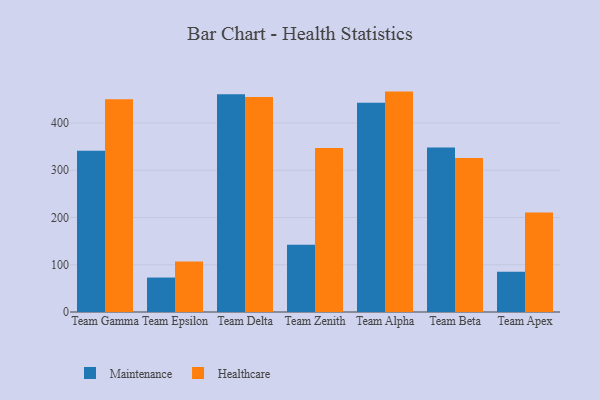
{"axis": {"x": "Team", "y": "Temperature (°C)"}, "legend": ["Healthcare", "Maintenance"], "data": [{"x": "Team Gamma", "y": 341.1, "type": "Maintenance"}, {"x": "Team Gamma", "y": 450.3, "type": "Healthcare"}, {"x": "Team Epsilon", "y": 72.9, "type": "Maintenance"}, {"x": "Team Epsilon", "y": 107.1, "type": "Healthcare"}, {"x": "Team Delta", "y": 460.8, "type": "Maintenance"}, {"x": "Team Delta", "y": 455.0, "type": "Healthcare"}, {"x": "Team Zenith", "y": 142.3, "type": "Maintenance"}, {"x": "Team Zenith", "y": 346.9, "type": "Healthcare"}, {"x": "Team Alpha", "y": 443.0, "type": "Maintenance"}, {"x": "Team Alpha", "y": 466.4, "type": "Healthcare"}, {"x": "Team Beta", "y": 348.3, "type": "Maintenance"}, {"x": "Team Beta", "y": 325.9, "type": "Healthcare"}, {"x": "Team Apex", "y": 85.0, "type": "Maintenance"}, {"x": "Team Apex", "y": 210.3, "type": "Healthcare"}]}